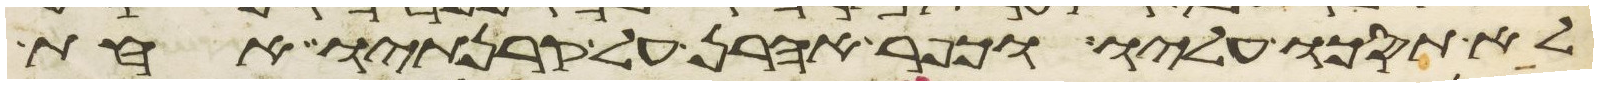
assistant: לא תסכו עליו וכפר אהרן על קרנתיו אחת